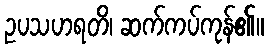
ဥပသဟရတိ၊ ဆက်ကပ်ကုန်၏။